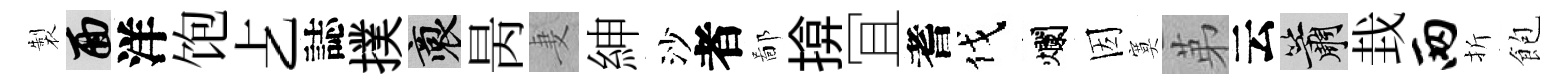
製面洋饱𠧒誌撲裔昺妻紳沙者鄙揜冝耆伐爛因寞苐云簫㘽两折飽